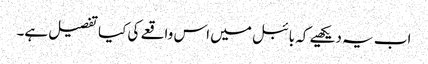
اب یہ دیکھیے کہ بائبل میں اس واقعے کی کیا تفصیل ہے۔